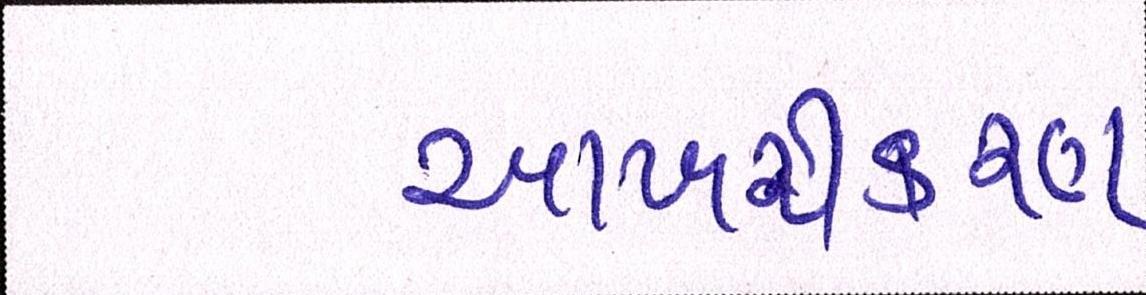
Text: આખરીકરણ